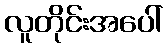
လူတိုင်းအပေါ်